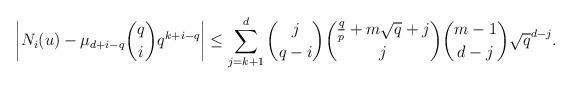
LaTeX: \begin{align*}\left|N_i(u)-\mu_{d+i-q}{q \choose i}q^{k+i-q}\right|\leq \sum_{j=k+1}^d {j \choose q-i}{\frac {q}p+m\sqrt{q}+j \choose j}{m-1 \choose d-j} \sqrt{q}^{d-j}. \end{align*}